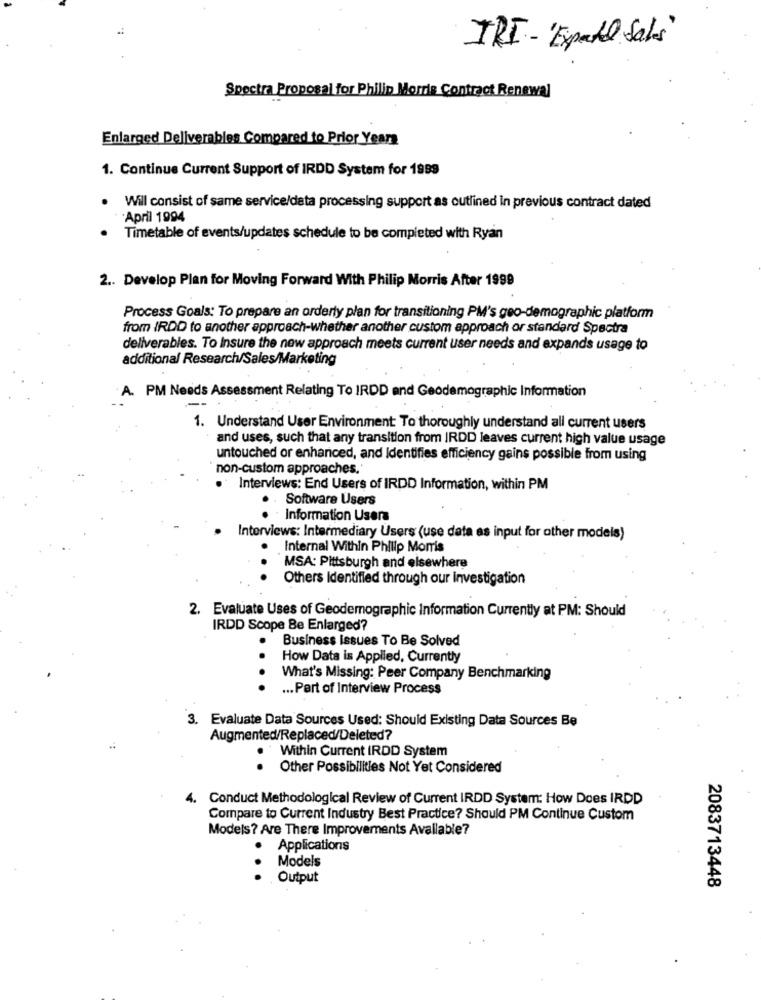
TRI-'Expected Sales'
Spectra Proposal for Philip Morris Contract Renewal
Enlarged Deliverables Compared to Prior Years
1. Continue Current Support of IRDD System for 1999
· Will consist of same service/data processing support as outlined in previous contract dated
April 1994
Timetable of events/updates schedule to be completed with Ryan
2 .. Develop Plan for Moving Forward With Philip Morris After 1999
Process Goals: To prepare an orderly plan for transitioning PM's geo-demographic platform
from IRDD to another approach-whether another custom approach or standard Spectra
deliverables. To Insure the new approach meets current user needs and expands usage to
additional Research/Sales/Marketing
A. PM Needs Assessment Relating To IRDD and Geodemographic Information
1. Understand User Environment To thoroughly understand all current users
and uses, such that any transition from IRDD leaves current high value usage
untouched or enhanced, and Identifies efficiency gains possible from using
non-custom approaches.
Interviews: End Users of IRDD Information, within PM
. Software Users
. Information Users
Interviews: Intermediary Users (use data as input for other models)
.Internal Within Philip Morris
MSA: Pittsburgh and elsewhere
Others Identified through our investigation
2. Evaluate Uses of Geodemographic Information Currently at PM: Should
IRDD Scope Be Enlarged?
Business Issues To Be Solved
How Data is Applied, Currently
What's Missing: Peer Company Benchmarking
... Part of Interview Process
3. Evaluate Data Sources Used: Should Existing Data Sources Be
Augmented/Replaced/Deleted?
Within Current IRDD System
Other Possibilities Not Yet Considered
4. Conduct Methodological Review of Current IRDD System: How Does IRDD
Compare to Current Industry Best Practice? Should PM Continue Custom
Models? Are There Improvements Available?
Applications
.
Models
Output
2083713448